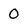
Character: 0